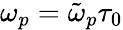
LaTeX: \omega_{p}=\tilde{\omega}_{p}\tau_{0}